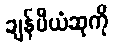
ချန်ပီယံဆုကို